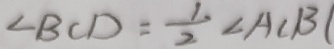
\angle B C D = \frac { 1 } { 2 } \angle A C B